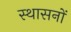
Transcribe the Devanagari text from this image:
स्थासनों